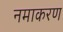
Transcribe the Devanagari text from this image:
नमाकरण